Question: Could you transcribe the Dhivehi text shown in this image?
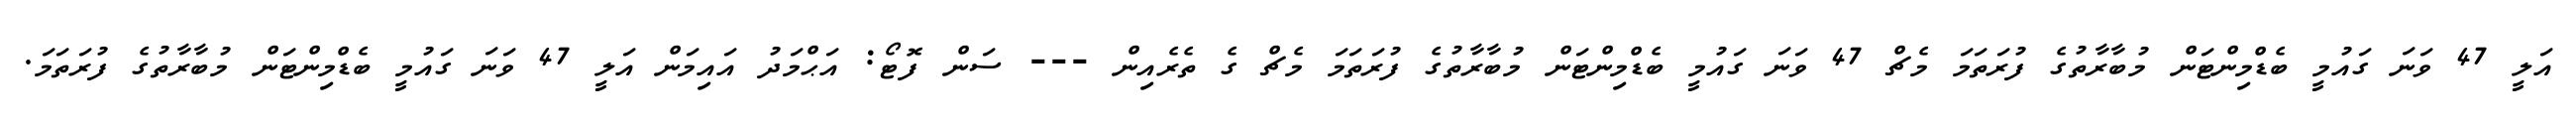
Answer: އަލީ 47 ވަނަ ގައުމީ ބެޑްމިންޓަން މުބާރާތުގެ ފުރަތަމަ މެޗް 47 ވަނަ ގައުމީ ބެޑްމިންޓަން މުބާރާތުގެ ފުރަތަމަ މެޗް ގެ ތެރެއިން --- ސަން ފޮޓޯ: އަޙްމަދު އައިމަން އަލީ 47 ވަނަ ގައުމީ ބެޑްމިންޓަން މުބާރާތުގެ ފުރަތަމަ.